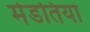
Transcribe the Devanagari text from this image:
मेडतियां